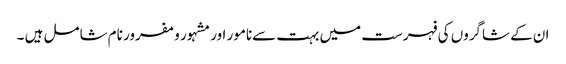
ان کے شاگروں کی فہرست میں بہت سےنامور اور مشہور و مفرور نام شامل ہیں ۔